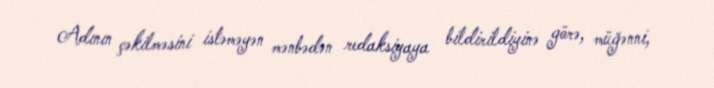
Adının çəkilməsini istəməyən mənbədən redaksiyaya bildirildiyinə görə, müğənni,